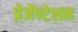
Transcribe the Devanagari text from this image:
प्रेजेंण्टेशन